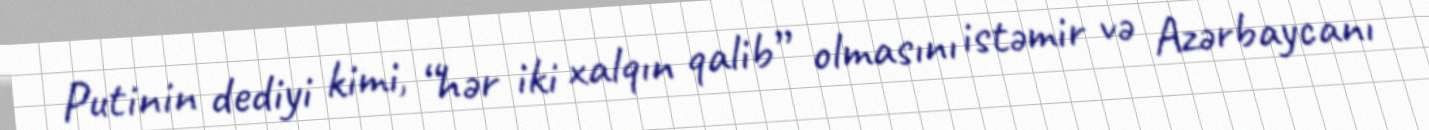
Putinin dediyi kimi, “hər iki xalqın qalib” olmasını istəmir və Azərbaycanı